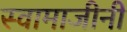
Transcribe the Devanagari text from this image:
स्वामाजीनी